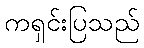
ကရှင်းပြသည်